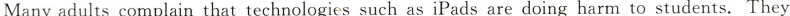
Many adults complain that technologies such as iPads are doing harm to students. They